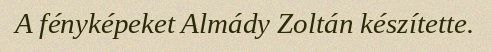
A fényképeket Almády Zoltán készítette.